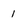
Character: 1